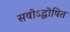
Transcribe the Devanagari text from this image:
सवोऽद्घोषित